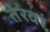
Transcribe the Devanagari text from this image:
तेरवां